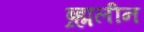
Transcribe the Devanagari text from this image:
ब्र्ह्मलीन